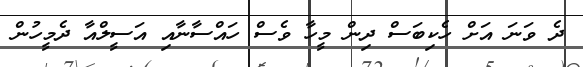
ދެ ވަނަ އަށް ހެކިބަސް ދިން މީހާ ވެސް ހައްސާނާއި އަސީލްއާ ދެމީހުން